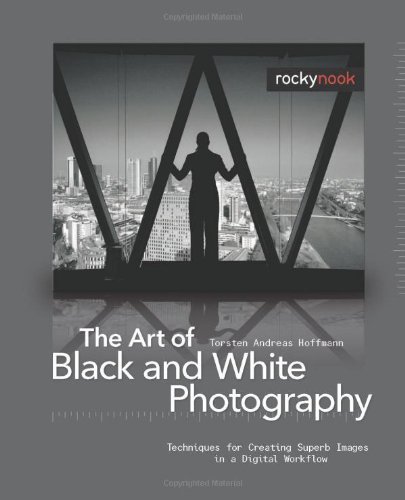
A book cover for The Art of Black and White Photography: Techniques for Creating Superb Images in a Digital Workflow; Torsten Andreas Hoffmann; Arts & Photography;